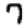
Digit: 7